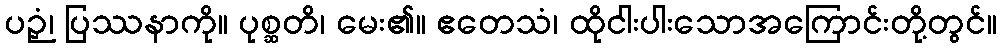
ပဉှံ၊ ပြဿနာကို။ ပုစ္ဆတိ၊ မေး၏။ ဧတေသံ၊ ထိုငါးပါးသောအကြောင်းတို့တွင်။